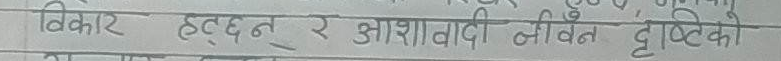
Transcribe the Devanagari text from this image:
विकार हट्छन् र आशावादी जीवन दृष्टिको